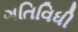
ગતિવિધી